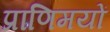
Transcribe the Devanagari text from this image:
प्राणिमयों